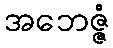
အဘေဇ္ဇံ